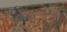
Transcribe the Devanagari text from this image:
शाहझैब